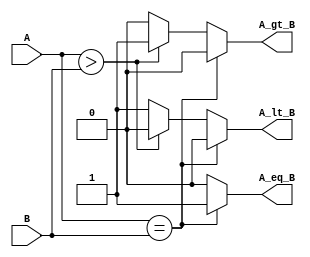
`timescale 1ns / 1ps
//////////////////////////////////////////////////////////////////////////////////
// Company: 
// Engineer: 
// 
// Design Name: 
// Module Name:    lab61 
// Project Name: 
// Target Devices: 
// Tool versions: 
// Description: 
//
// Dependencies: 
//
// Revision: 
// Revision 0.01 - File Created
// Additional Comments: 
//
//////////////////////////////////////////////////////////////////////////////////
module lab61(output reg A_lt_B, A_gt_B, A_eq_B, input [1:0] A,B
    );
always @ (A or B)
begin
A_lt_B = 0;
A_gt_B = 0;
A_eq_B = 0;
if (A==B) A_eq_B = 1;
else if (A>B) A_gt_B = 1;
else A_lt_B = 1;
end

endmodule